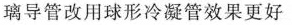
璃导管改用球形冷凝管效果更好